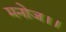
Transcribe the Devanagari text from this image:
मनोज।।